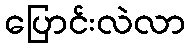
ပြောင်းလဲလာ